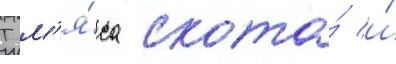
Т м'я́са скота́ и́